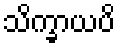
သိက္ခာယပိ